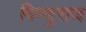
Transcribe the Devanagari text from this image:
विष्णुराज